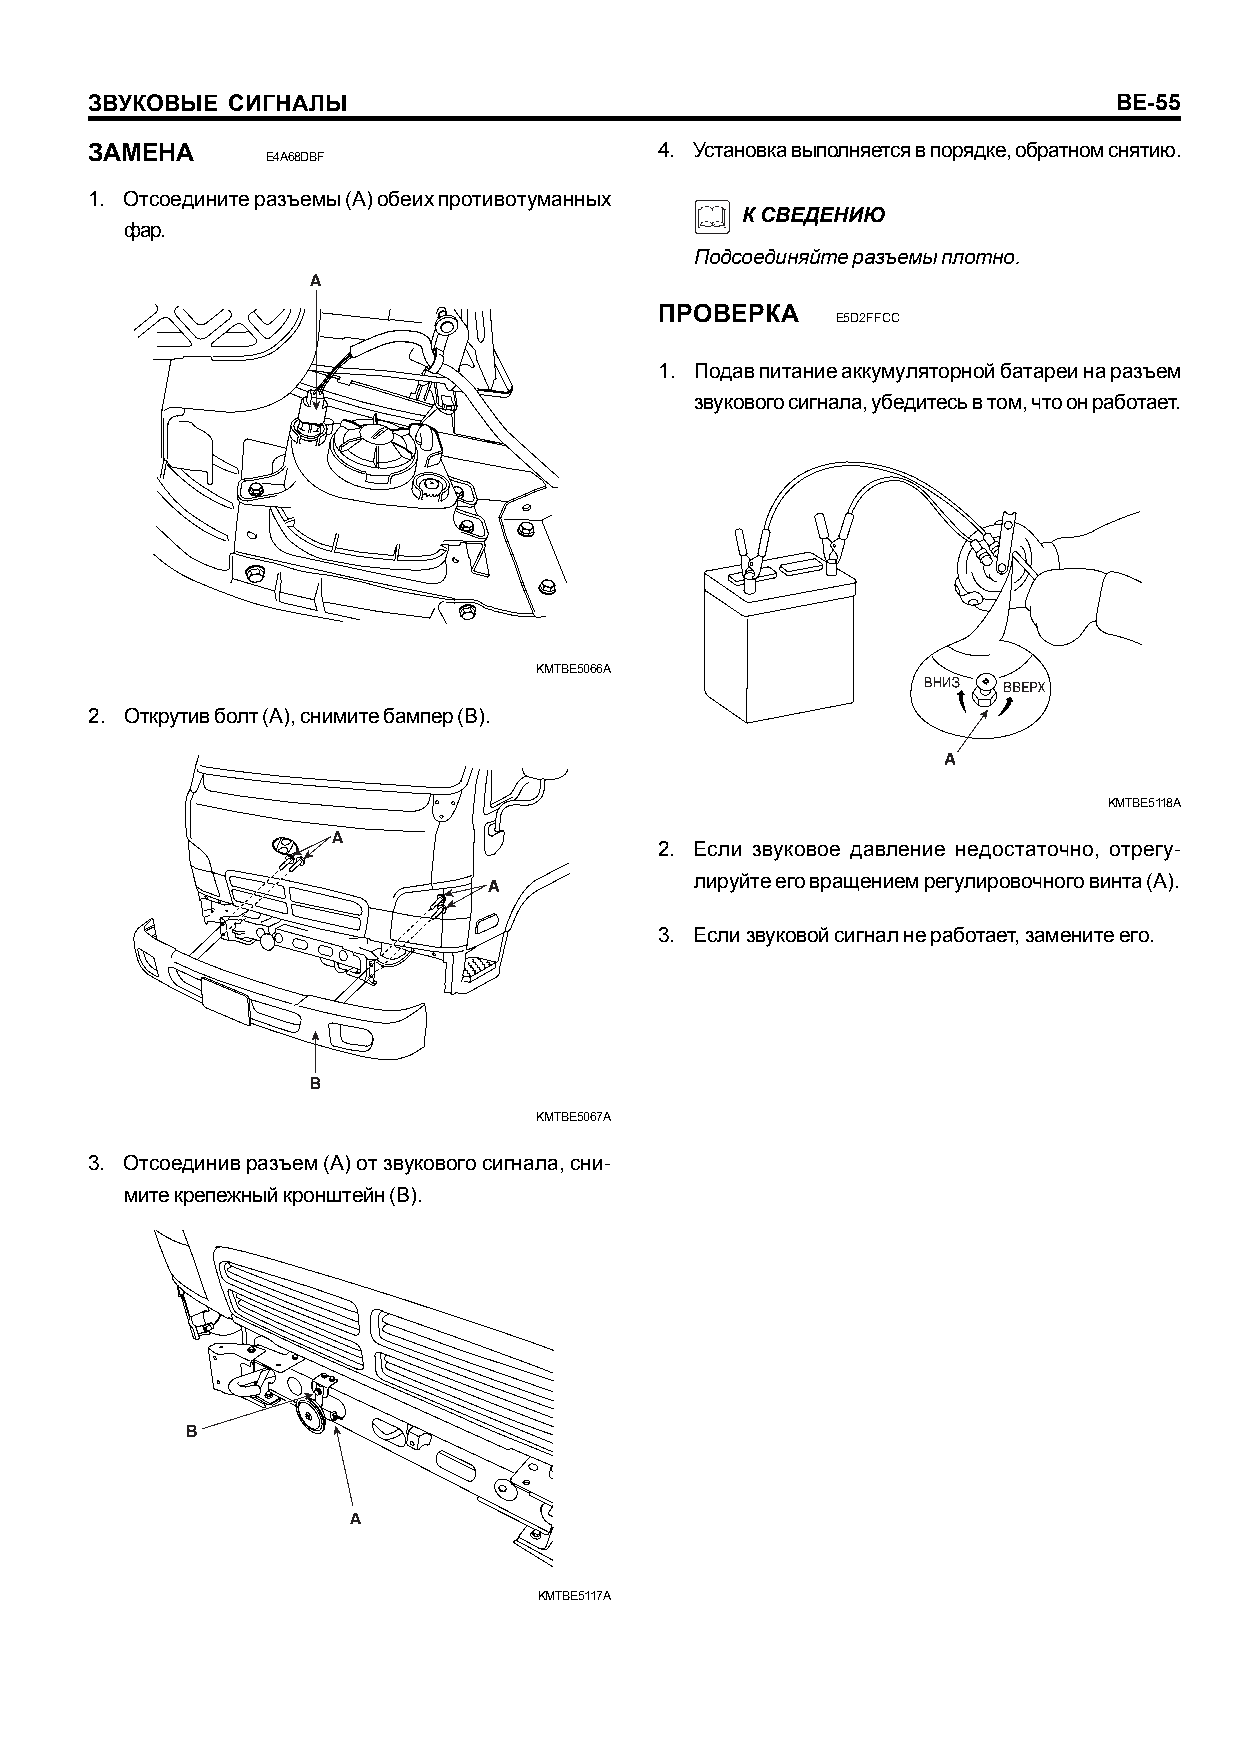
ÇÂÓÊÎÂÛÅ ÑÈÃÍÀËÛ                                                    BE-55
 ÇÀÌÅÍÀ                                4. Óñòàíîâêà âûïîëíÿåòñÿ â ïîðÿäêå, îáðàòíîì ñíÿòèþ.
 E4A68DBF
 1. Îòñîåäèíèòå ðàçúåìû (A) îáåèõ ïðîòèâîòóìàííûõ
 Ê ÑÂÅÄÅÍÈÞ
 ôàð.
 Ïîäñîåäèíÿéòå ðàçúåìû ïëîòíî.
 ÏÐÎÂÅÐÊÀ
 E5D2FFCC
 1. Ïîäàâ ïèòàíèå àêêóìóëÿòîðíîé áàòàðåè íà ðàçúåì
 çâóêîâîãî ñèãíàëà, óáåäèòåñü â òîì, ÷òî îí ðàáîòàåò.
 KMTBE5066A
 2. Îòêðóòèâ áîëò (A), ñíèìèòå áàìïåð (B).
 KMTBE5118A
 2. Åñëè çâóêîâîå äàâëåíèå íåäîñòàòî÷íî, îòðåãó-
 ëèðóéòå åãî âðàùåíèåì ðåãóëèðîâî÷íîãî âèíòà (A).
 3. Åñëè çâóêîâîé ñèãíàë íå ðàáîòàåò, çàìåíèòå åãî.
 KMTBE5067A
 3. Îòñîåäèíèâ ðàçúåì (A) îò çâóêîâîãî ñèãíàëà, ñíè-
 ìèòå êðåïåæíûé êðîíøòåéí (B).
 KMTBE5117A